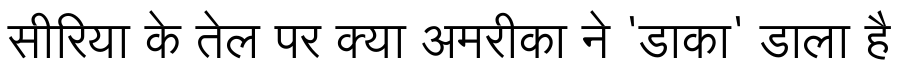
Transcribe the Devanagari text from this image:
सीरिया के तेल पर क्या अमरीका ने 'डाका' डाला है